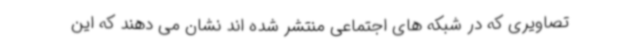
تصاویری که در شبکه های اجتماعی منتشر شده اند نشان می دهند که این